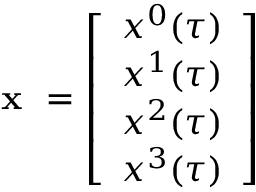
\textbf { x } = \left[ \begin{array} { c } { x ^ { 0 } ( \tau ) } \\ { x ^ { 1 } ( \tau ) } \\ { x ^ { 2 } ( \tau ) } \\ { x ^ { 3 } ( \tau ) } \end{array} \right]